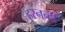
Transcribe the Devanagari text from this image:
हरनन्दी